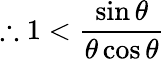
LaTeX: \therefore 1<{\frac{\sin\theta}{\theta\cos\theta}}